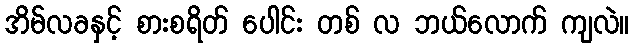
အိမ်လခနှင့် စားစရိတ် ပေါင်း တစ် လ ဘယ်လောက် ကျလဲ။